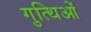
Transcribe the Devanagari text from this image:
गुत्थिओं